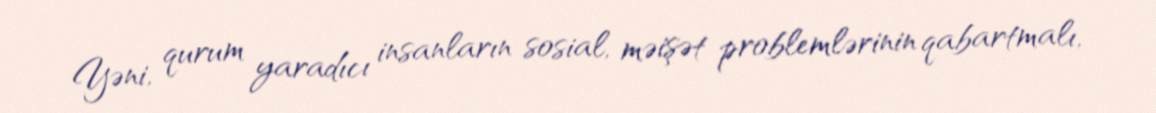
Yəni, qurum yaradıcı insanların sosial, məişət problemlərinin qabartmalı,